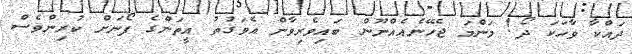
ދައްކާ ވާހަކަ ދޯ! މަންމަ ޖެހޭނެއެއްނޫން ބައިވެރިވާން އެވަގުތު އީތަންގެ ފޯނަށް ކުރިންވެސް